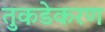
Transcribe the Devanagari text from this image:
तुकडेकरण